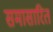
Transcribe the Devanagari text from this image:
समासारित